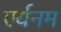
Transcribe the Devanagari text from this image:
एर्यनम